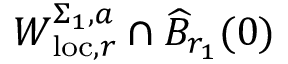
W _ { \mathrm { l o c } , r } ^ { \Sigma _ { 1 } , a } \cap \widehat { B } _ { r _ { 1 } } ( 0 )